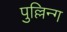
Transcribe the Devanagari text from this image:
पुल्लिन्ग